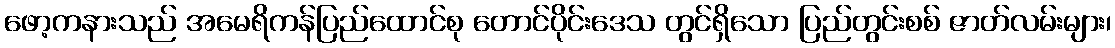
ဖော့ကနားသည် အမေရိကန်ပြည်ထောင်စု တောင်ပိုင်းဒေသ တွင်ရှိသော ပြည်တွင်းစစ် ဇာတ်လမ်းများ၊